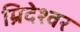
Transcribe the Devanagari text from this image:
म्रिदेश्वर